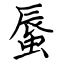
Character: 蜃